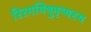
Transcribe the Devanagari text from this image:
रिरमयिषुमृष्यस्य